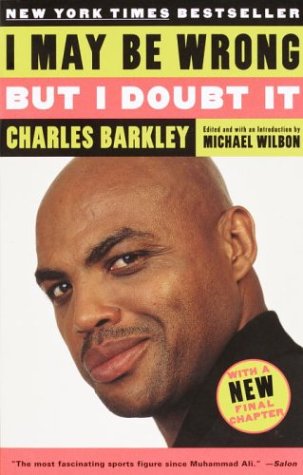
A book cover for I May Be Wrong but I Doubt It; Charles Barkley; Biographies & Memoirs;